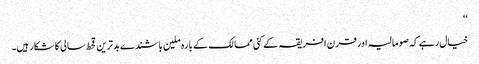
‘‘
خیال رہے کہ صومالیہ اور قرن افریقہ کے کئی ممالک کے بارہ ملین باشندے بدترین قحط سالی کا شکار ہیں۔